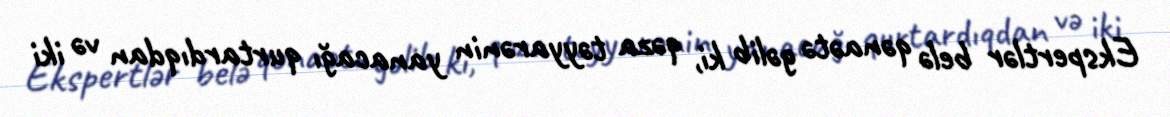
Ekspertlər belə qənaətə gəlib ki, qəza təyyarənin yanacağı qurtardıqdan və iki